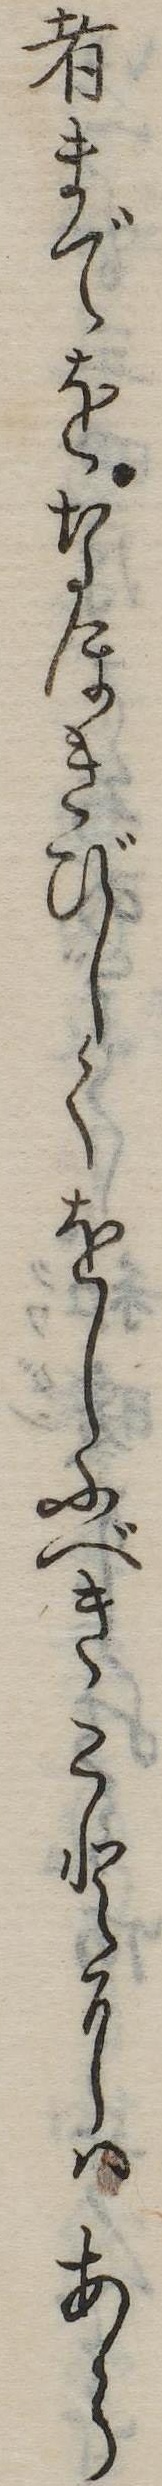
者までをなほきびしくをしふべきことにはあら